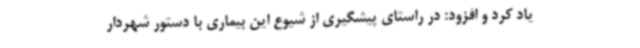
یاد کرد و افزود: در راستای پیشگیری از شیوع این بیماری با دستور شهردار